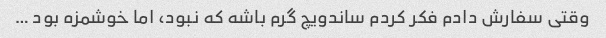
وقتی سفارش دادم فکر کردم ساندویچ گرم باشه که نبود، اما خوشمزه بود …